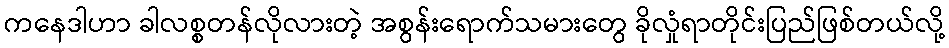
ကနေဒါဟာ ခါလစ္စတန်လိုလားတဲ့ အစွန်းရောက်သမားတွေ ခိုလှုံရာတိုင်းပြည်ဖြစ်တယ်လို့